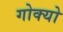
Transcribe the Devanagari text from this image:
गोक्यो